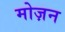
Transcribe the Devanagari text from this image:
मोज़न